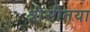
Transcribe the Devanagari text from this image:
श्रीसीतया